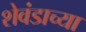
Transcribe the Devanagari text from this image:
शेवंडाच्या